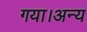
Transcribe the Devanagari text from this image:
गया।अन्य